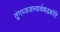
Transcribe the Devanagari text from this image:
तुंगध्वजस्वार्थबद्धकोटि